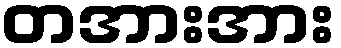
တအားအား